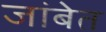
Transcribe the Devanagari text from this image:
जांबेत